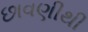
છાવણીથી